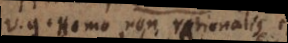
V.g. Homo non rationalis est